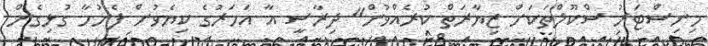
މިނިސްޓަރު ސްކޫލްތަކަށް ޒިޔާރަތް ކުރެއްވުން" ދިރާސީ އާ އަހަރުގެ ކިޔެވުން ފެށުމާ ގުޅިގެން